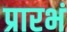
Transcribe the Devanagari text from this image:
प्रारभं